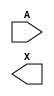
/**
 * Copyright 2020 The SkyWater PDK Authors
 *
 * Licensed under the Apache License, Version 2.0 (the "License");
 * you may not use this file except in compliance with the License.
 * You may obtain a copy of the License at
 *
 *     https://www.apache.org/licenses/LICENSE-2.0
 *
 * Unless required by applicable law or agreed to in writing, software
 * distributed under the License is distributed on an "AS IS" BASIS,
 * WITHOUT WARRANTIES OR CONDITIONS OF ANY KIND, either express or implied.
 * See the License for the specific language governing permissions and
 * limitations under the License.
 *
 * SPDX-License-Identifier: Apache-2.0
 */

`ifndef SKY130_FD_SC_HVL__LSBUFHV2LV_SIMPLE_SYMBOL_V
`define SKY130_FD_SC_HVL__LSBUFHV2LV_SIMPLE_SYMBOL_V

/**
 * lsbufhv2lv_simple: Level shifting buffer, High Voltage to Low
 *                    Voltage, simple (hv devices in inverters on lv
 *                    power rail).
 *
 * Verilog stub (without power pins) for graphical symbol definition
 * generation.
 *
 * WARNING: This file is autogenerated, do not modify directly!
 */

`timescale 1ns / 1ps
`default_nettype none

(* blackbox *)
module sky130_fd_sc_hvl__lsbufhv2lv_simple (
    //# {{data|Data Signals}}
    input  A,
    output X
);

    // Voltage supply signals
    supply1 VPWR ;
    supply0 VGND ;
    supply1 LVPWR;
    supply1 VPB  ;
    supply0 VNB  ;

endmodule

`default_nettype wire
`endif  // SKY130_FD_SC_HVL__LSBUFHV2LV_SIMPLE_SYMBOL_V